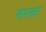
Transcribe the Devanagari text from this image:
मपन्ना